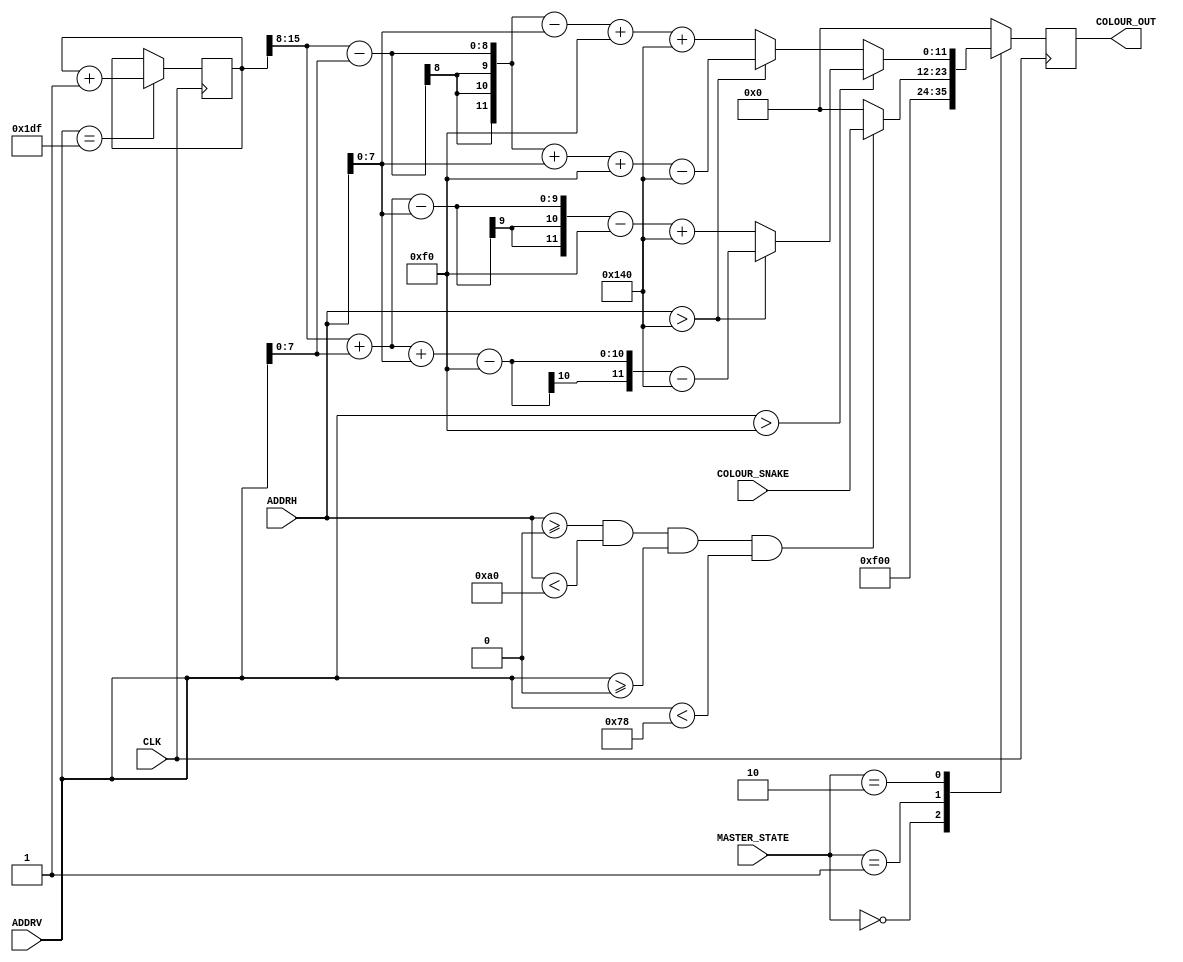
`timescale 1ns / 1ps
//////////////////////////////////////////////////////////////////////////////////
// Company: 
// Engineer: 
// 
// Design Name: 
// Module Name: VGA_display
// Project Name: 
// Target Devices: 
// Tool Versions: 
// Description: 
// 
// Dependencies: 
// 
// Revision:
// Revision 0.01 - File Created
// Additional Comments:
// 
//////////////////////////////////////////////////////////////////////////////////


module VGA_display(
    input CLK,
    input [1:0] MASTER_STATE,
    input [9:0] ADDRH,
    input [8:0] ADDRV,
    input [11:0] COLOUR_SNAKE,
    output reg [11:0] COLOUR_OUT
    );
    
    reg [15:0] FrameCount;
    
    always@(posedge CLK) begin
      if (ADDRV==479) begin
        FrameCount <= FrameCount + 1;
      end
    end
    
    always@(posedge CLK) begin
      case (MASTER_STATE)
      
        //Blank blue screen before the start of snake game
        2'b00: begin
          COLOUR_OUT <= 12'hF00;
        end
        
        //Snake game display
        2'b01: begin
          if (ADDRH >= 0 && ADDRH < 160 && ADDRV >= 0 && ADDRV < 120) 
            COLOUR_OUT <= COLOUR_SNAKE;
          else 
            COLOUR_OUT <= 12'h000;
        end
        
        //Colourful display when snake game is won
        2'b10: begin
          if (ADDRV > 240) begin
            if (ADDRH > 320) 
              COLOUR_OUT <= FrameCount[15:8] + ADDRV[7:0] + ADDRH[7:0] - 240 - 320;
            else 
              COLOUR_OUT <= FrameCount[15:8] + ADDRV[7:0] - ADDRH[7:0] - 240 + 320;
          end
          else begin
            if (ADDRH > 320) 
              COLOUR_OUT <= FrameCount[15:8] - ADDRV[7:0] + ADDRH[7:0] + 240 - 320;
            else 
              COLOUR_OUT <= FrameCount[15:8] - ADDRV[7:0] - ADDRH[7:0] + 240 + 320;
          end
        end
        
        default: 
          COLOUR_OUT <= 12'h000;
        
      endcase
        
    end
    
endmodule